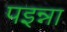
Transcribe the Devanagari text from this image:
पइन्ना